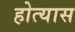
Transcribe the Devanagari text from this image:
होत्यास